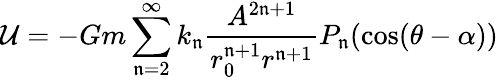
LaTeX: {\cal{U}}=-Gm\sum_{\mathfrak{n}=2}^{\infty}k_{\mathfrak{n}}{\frac{{A^{2\mathfrak{n}+1}}}{{r_{0}^{\mathfrak{n}+1}r^{\mathfrak{n}+1}}}}P_{\mathfrak{n}}(\cos(\theta-\alpha))